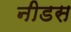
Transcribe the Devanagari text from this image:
नीडस